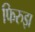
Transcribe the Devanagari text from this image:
फिरुझ